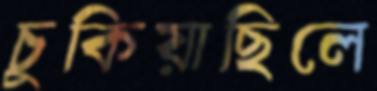
চুকিয়াছিলে